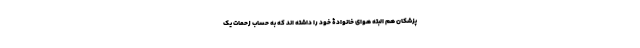
پزشکان هم البته هوای خانوادۀ خود را داشته اند که به حساب زحمات یک